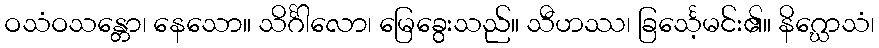
ဝသံဝသန္တော၊ နေသော။ သိင်္ဂါလော၊ မြေခွေးသည်။ သီဟဿ၊ ခြင်္သေ့မင်း၏။ နိဂ္ဃောသံ၊